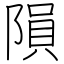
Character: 隕